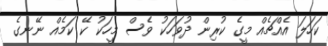
ކަހަލަ އެއްޗެއް މީގެ ކުރިން ދުވަހަކު ވެސް މީހަކު ކޭ ކަމެއް ނޭނގެ